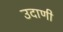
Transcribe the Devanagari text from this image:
उदाणी